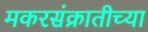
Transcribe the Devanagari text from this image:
मकरसंक्रातीच्या